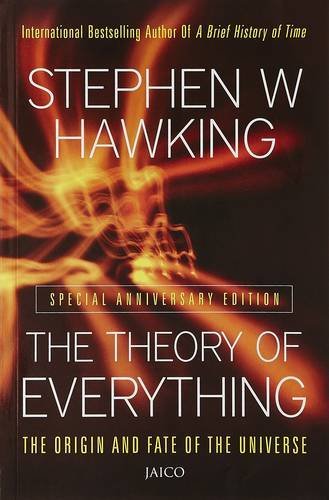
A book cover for The Theory Of Everything; Hawking W Stephen; Science & Math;